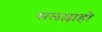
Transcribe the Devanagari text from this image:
सलल्लाहो